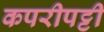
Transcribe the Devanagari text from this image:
कपरीपट्टी